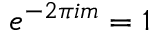
e ^ { - 2 \pi i m } = 1